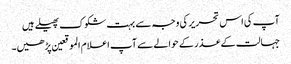
آپ کی اس تحریر کی وجہ سے بہت شکوک پھیلے ہیں
جہالت کے عذر کے حوالے سے آپ اعلام الموقعین پڑھیں۔